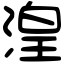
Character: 湟